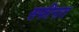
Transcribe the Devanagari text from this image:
सफीनात